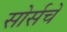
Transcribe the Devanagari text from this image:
सोर्सचे